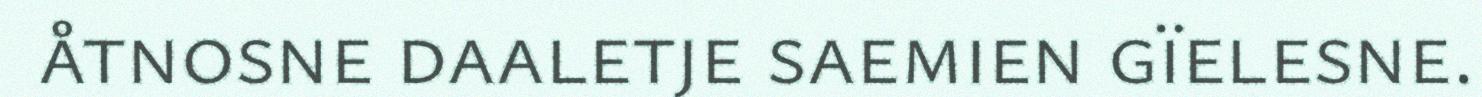
åtnosne daaletje saemien gïelesne.